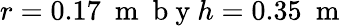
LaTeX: r=0.17~\mathrm{~m~}\mathrm{~b~y~}h=0.35~\mathrm{~m~}